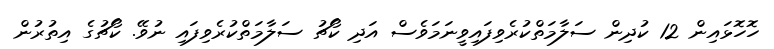
ހޮހޮޅައިން 12 ކުދިން ސަލާމަތްކުރެވިފައިވީނަމަވެސް އަދި ކޯޗު ސަލާމަތްކުރެވިފައި ނުވޭ. ކޯޗުގެ އިތުރުން